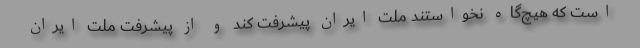
است که هیچ‌گاه نخواستند ملّت ایران پیشرفت کند و از پیشرفت ملّت ایران